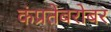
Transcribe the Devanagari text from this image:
कंप्रतेबरोबर